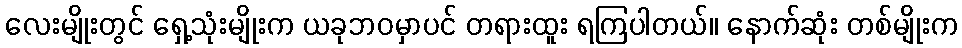
လေးမျိုးတွင် ရှေ့သုံးမျိုးက ယခုဘဝမှာပင် တရားထူး ရကြပါတယ်။ နောက်ဆုံး တစ်မျိုးက